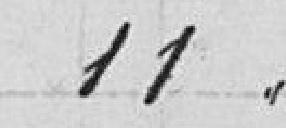
11,00